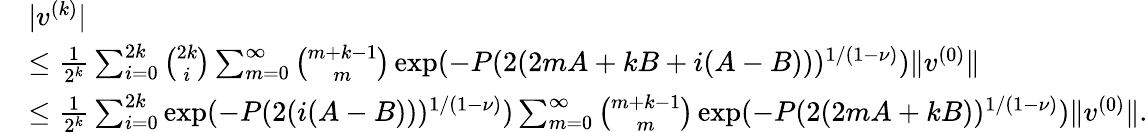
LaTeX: \begin{array}{rl}&{|v^{(k)}|}\\ &{\leq\frac{1}{2^{k}}\sum_{i=0}^{2k}\binom{2k}{i}\sum_{m=0}^{\infty}\binom{m+k-1}{m}\exp(-P(2(2mA+kB+i(A-B)))^{1/(1-\nu)})\| v^{(0)}\| }\\ &{\leq\frac{1}{2^{k}}\sum_{i=0}^{2k}\exp(-P(2(i(A-B)))^{1/(1-\nu)})\sum_{m=0}^{\infty}\binom{m+k-1}{m}\exp(-P(2(2mA+kB))^{1/(1-\nu)})\| v^{(0)}\| .}\end{array}